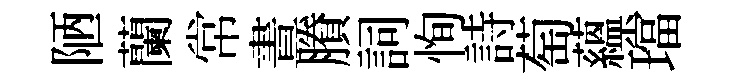
陋蘭常晝賸詞恂詩萄蘊璫